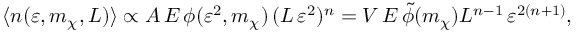
\langle n ( \varepsilon , m _ { \chi } , L ) \rangle \propto A \, E \, \phi ( \varepsilon ^ { 2 } , m _ { \chi } ) \, ( L \, \varepsilon ^ { 2 } ) ^ { n } = V \, E \, \tilde { \phi } ( m _ { \chi } ) L ^ { n - 1 } \, \varepsilon ^ { 2 ( n + 1 ) } ,